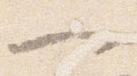
一